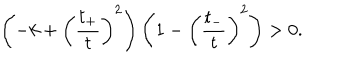
LaTeX: \left( - k + \left( \frac { t _ { + } } { t } \right) ^ { 2 } \right) \left( 1 - \left( \frac { t _ { - } } { t } \right) ^ { 2 } \right) > 0 .